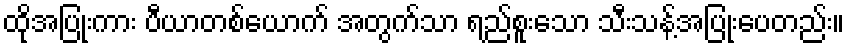
ထိုအပြုံးကား ပီယာတစ်ယောက် အတွက်သာ ရည်စူးသော သီးသန့်အပြုံးပေတည်း။